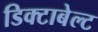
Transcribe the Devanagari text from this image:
डिक्टाबेल्ट